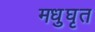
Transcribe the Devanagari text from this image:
मधुघृत